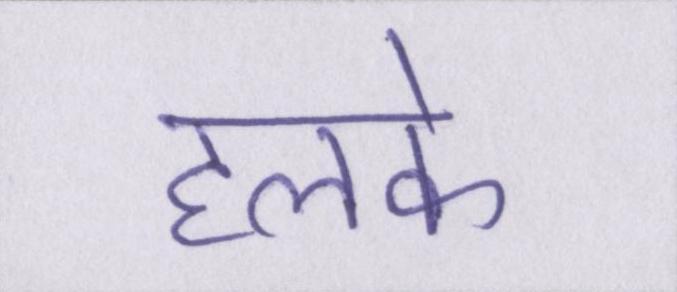
हलके